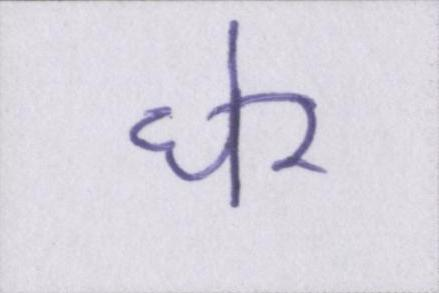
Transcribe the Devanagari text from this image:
घेर